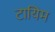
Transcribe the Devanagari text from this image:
टायिम